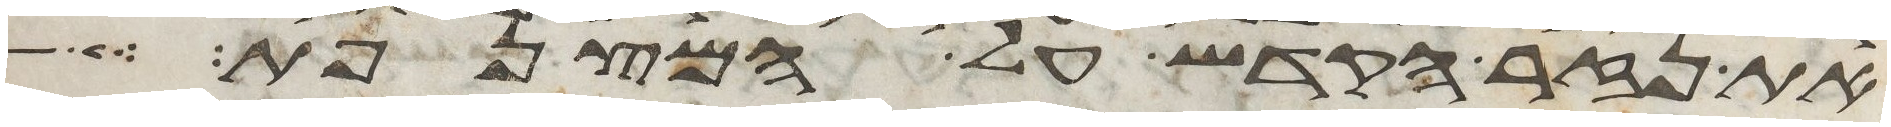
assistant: את נזר הקדש על המצנפת